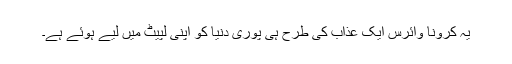
یہ کرونا وائرس ایک عذاب کی طرح ہی پوری دنیا کو اپنی لپیٹ میں لیے ہوئے ہے۔